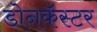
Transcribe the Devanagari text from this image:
डोनकॅस्टर